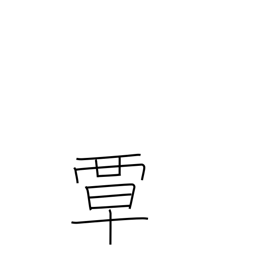
Meaning: extend